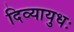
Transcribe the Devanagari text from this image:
दिव्यायुधः